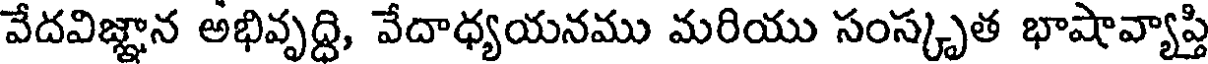
వేదవిజ్ఞాన అభివృద్ది, వేదాధ్యయనము మరియు సంస్కృత భాషావ్యాప్తి